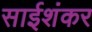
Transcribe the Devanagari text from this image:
साईशंकर